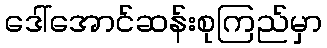
ဒေါ်အောင်ဆန်းစုကြည်မှာ